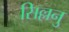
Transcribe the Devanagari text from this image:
सिल्लनु